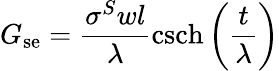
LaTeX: G_{\mathrm{se}}=\frac{\sigma^{S}wl}{\lambda}\mathrm{csch}\left(\frac{t}{\lambda}\right)